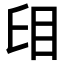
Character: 𥄤